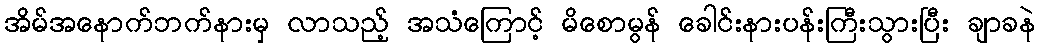
အိမ်အနောက်ဘက်နားမှ လာသည့် အသံကြောင့် မိစောမွန် ခေါင်းနားပန်းကြီးသွားပြီး ချာခနဲ